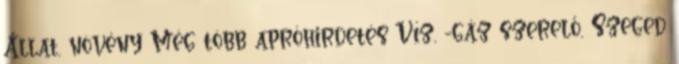
Állat, növény Még több apróhirdetés Víz, -gáz szerelő, Szeged